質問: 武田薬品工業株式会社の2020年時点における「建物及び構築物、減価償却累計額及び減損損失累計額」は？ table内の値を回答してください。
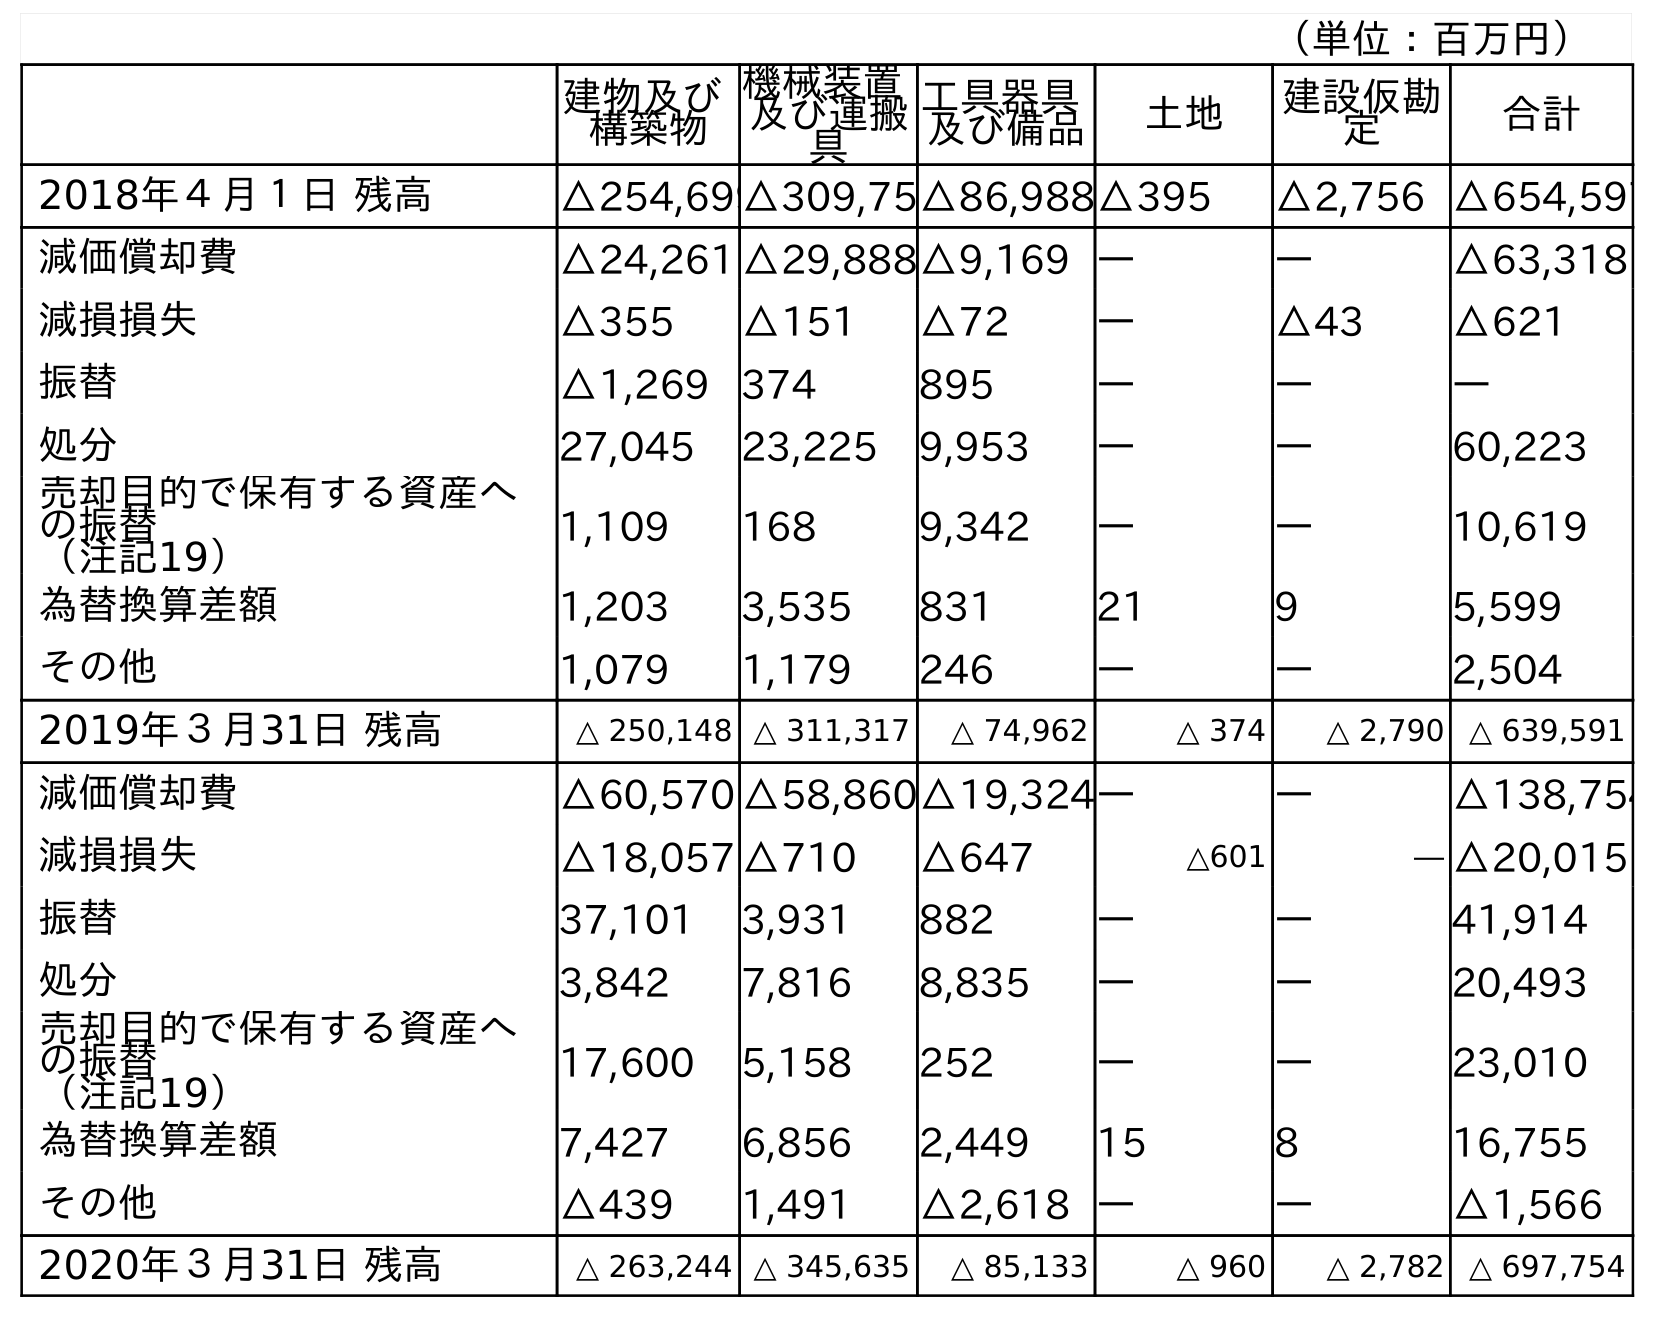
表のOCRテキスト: （単位：百万円） 建物及び 構築物 機械装置 及び運搬 具 工具器具 及び備品 土地 建設仮勘 定 合計 2018年４月１日 残高 △254,699△309,75△86,988△395 △2,756 △654,597 減価償却費 △24,261 △29,888△9,169 ― ― △63,318 減損損失 △355 △151 △72 ― △43 △621 振替 △1,269 374 895 ― ― ― 処分 27,045 23,225 9,953 ― ― 60,223 売却目的で保有する資産へ の振替 （注記19） 1,109 168 9,342 ― ― 10,619 為替換算差額 1,203 3,535 831 21 9 5,599 その他 1,079 1,179 246 ― ― 2,504 2019年３月31日 残高 △ 250,148 △ 311,317 △ 74,962 △ 374 △ 2,790 △ 639,591 減価償却費 △60,570 △58,860△19,324― ― △138,754 減損損失 △18,057 △710 △647 △601 ― △20,015 振替 37,101 3,931 882 ― ― 41,914 処分 3,842 7,816 8,835 ― ― 20,493 売却目的で保有する資産へ の振替 （注記19） 17,600 5,158 252 ― ― 23,010 為替換算差額 7,427 6,856 2,449 15 8 16,755 その他 △439 1,491 △2,618 ― ― △1,566 2020年３月31日 残高 △ 263,244 △ 345,635 △ 85,133 △ 960 △ 2,782 △ 697,754
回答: △263,244